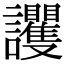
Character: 𧮞